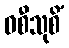
ဝစီသုစိံ